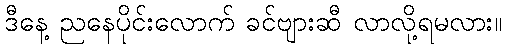
ဒီနေ့ ညနေပိုင်းလောက် ခင်ဗျားဆီ လာလို့ရမလား။